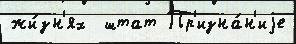
жи́зн'ях  штат Пр'изна́н'иjе